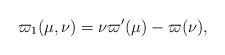
LaTeX: \begin{align*} \varpi_1(\mu, \nu) = \nu \varpi'(\mu)-\varpi(\nu), \end{align*}